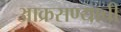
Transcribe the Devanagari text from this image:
आक्रसण्याची